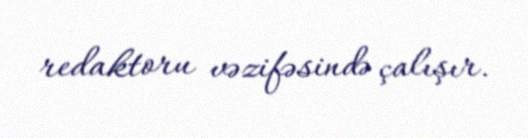
redaktoru vəzifəsində çalışır.